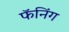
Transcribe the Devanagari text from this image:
फॅनिंग